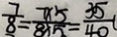
\frac { 7 } { 8 } = \frac { 7 \times 5 } { 8 \times 5 } = \frac { 3 5 } { 4 0 }